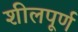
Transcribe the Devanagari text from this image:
शीलपूर्ण